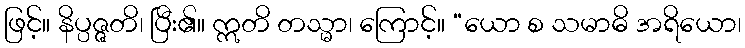
ဖြင့်။ နိပ္ပဇ္ဇတိ၊ ပြီး၏။ ဣတိ တသ္မာ၊ ကြောင့်။ “ယော စ သမာဓိ အရိယော၊